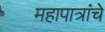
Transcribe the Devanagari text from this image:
महापात्रांचे